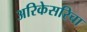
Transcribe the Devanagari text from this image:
अरिकेसरिचा